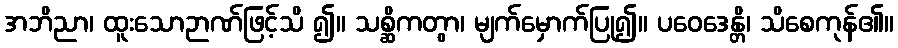
အဘိညာ၊ ထူးသောဉာဏ်ဖြင့်သိ ၍။ သစ္ဆိကတွာ၊ မျက်မှောက်ပြု၍။ ပဝေဒေန္တိ၊ သိစေကုန်၏။